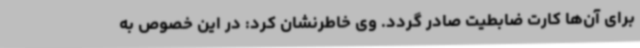
برای آن‌ها کارت ضابطیت صادر گردد. وی خاطرنشان کرد: در این خصوص به